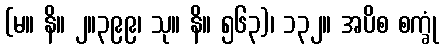
(မ။ နိ။ ၂။၃၉၉၊ သု။ နိ။ ၅၆၃)၊ ၁၃၂။ အပိစ စက္ခုံ